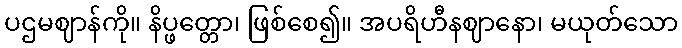
ပဌမဈာန်ကို။ နိပ္ဖတ္တော၊ ဖြစ်စေ၍။ အပရိဟီနဈာနော၊ မယုတ်သော